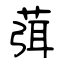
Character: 葞